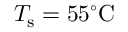
T _ { \mathrm { s } } = 5 5 ^ { \circ } \mathrm { C }